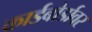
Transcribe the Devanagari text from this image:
कार्डबोर्डावर